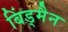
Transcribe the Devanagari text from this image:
बिंड्मैन